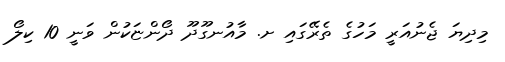
މިދިޔަ ޖެނުއަރީ މަހުގެ ތެރޭގައި ށ. މާއުނގޫދޫ ދޯންޏަކުން ވަނީ 10 ކިލޯ